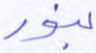
بنور